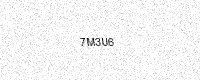
Text: 7M3U6